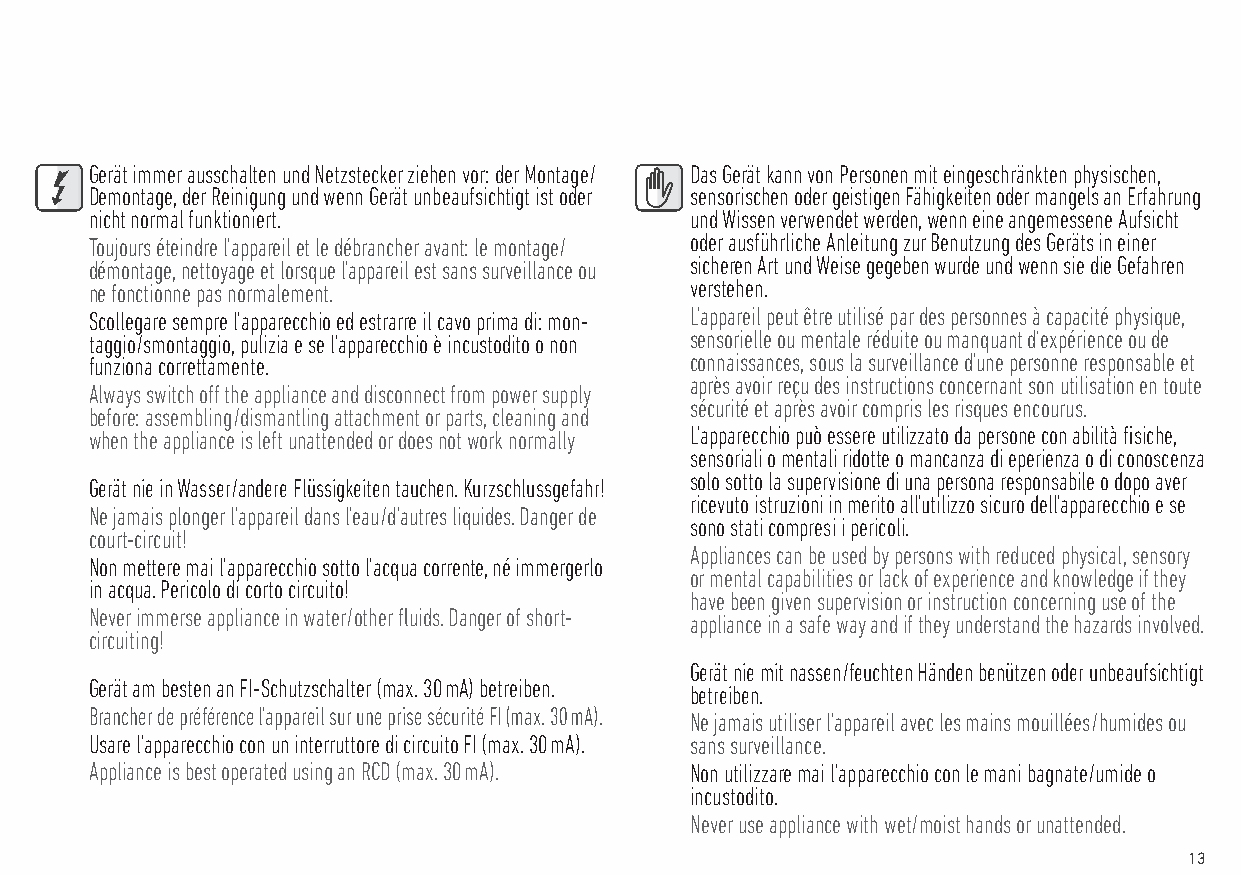
Gerät immer ausschalten und Netzstecker ziehen vor: der Montage / Das Gerät kann von Personen mit eingeschränkten physischen,
 Demontage, der Reinigung und wenn Gerät unbeaufsichtigt ist oder sensorischen oder geistigen Fähigkeiten oder mangels an Erfahrung
 nicht normal funktioniert.              und Wissen verwendet werden, wenn eine angemessene Aufsicht
 Toujours éteindre l’appareil et le débrancher avant: le montage / oder ausführliche Anleitung zur Benutzung des Geräts in einer
 démontage, nettoyage et lorsque l’appareil est sans surveillance ou sicheren Art und Weise gegeben wurde und wenn sie die Gefahren
 ne fonctionne pas normalement.          verstehen.
 Scollegare sempre l’apparecchio ed estrarre il cavo prima di: mon- L’appareil peut être utilisé par des personnes à capacité physique,
 taggio / smontaggio, pulizia e se l’apparecchio è incustodito o non sensorielle ou mentale réduite ou manquant d‘expérience ou de
 funziona correttamente.                 connaissances, sous la surveillance d’une personne responsable et
 après avoir reçu des instructions concernant son utilisation en toute
 Always switch off the appliance and disconnect from power supply
 sécurité et après avoir compris les risques encourus.
 before: assembling / dismantling attachment or parts, cleaning and
 when the appliance is left unattended or does not work normally L’apparecchio può essere utilizzato da persone con abilità fisiche,
 sensoriali o mentali ridotte o mancanza di eperienza o di conoscenza
 solo sotto la supervisione di una persona responsabile o dopo aver
 Gerät nie in Wasser / andere Flüssigkeiten tauchen. Kurzschlussgefahr!
 ricevuto istruzioni in merito all’utilizzo sicuro dell’apparecchio e se
 Ne jamais plonger l’appareil dans l’eau / d’autres liquides. Danger de
 sono stati compresi i pericoli.
 court-circuit!
 Appliances can be used by persons with reduced physical, sensory
 Non mettere mai l’apparecchio sotto l’acqua corrente, né immergerlo
 or mental capabilities or lack of experience and knowledge if they
 in acqua. Pericolo di corto circuito!
 have been given supervision or instruction concerning use of the
 Never immerse appliance in water / other fluids. Danger of short-
 appliance in a safe way and if they understand the hazards involved.
 circuiting!
 Gerät nie mit nassen / feuchten Händen benützen oder unbeaufsichtigt
 Gerät am besten an FI-Schutzschalter (max. 30 mA) betreiben.
 betreiben.
 Brancher de préférence l’appareil sur une prise sécurité FI (max. 30 mA).
 Ne jamais utiliser l’appareil avec les mains mouillées / humides ou
 Usare l’apparecchio con un interruttore di circuito FI (max. 30 mA). sans surveillance.
 Appliance is best operated using an RCD (max. 30 mA). Non utilizzare mai l’apparecchio con le mani bagnate / umide o
 incustodito.
 Never use appliance with wet / moist hands or unattended.
 13